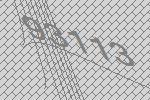
93113